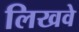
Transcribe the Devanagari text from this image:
लिखवे